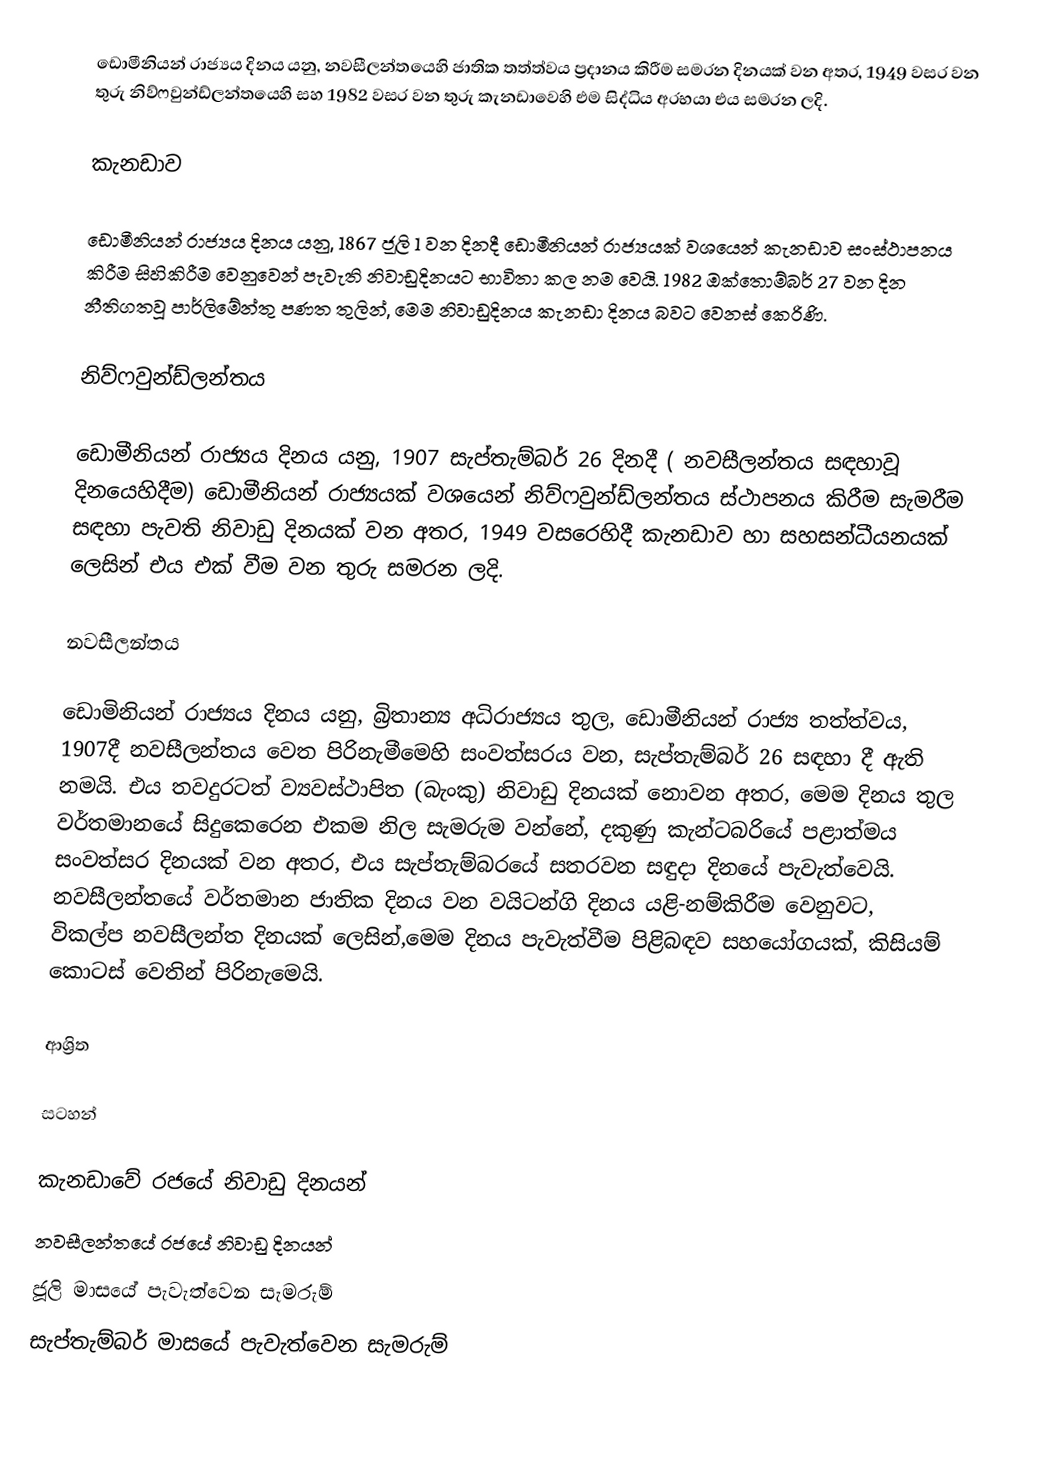
ඩොමීනියන් රාජ්‍යය දිනය යනු,  නවසීලන්තයෙහි ජාතික තත්ත්වය ප්‍රදානය කිරීම සමරන දිනයක් වන අතර, 1949 වසර වන තුරු නිව්ෆවුන්ඩ්ලන්තයෙහි සහ  1982 වසර වන තුරු  කැනඩාවෙහි එම සිද්ධිය අරභයා එය සමරන ලදි.

කැනඩාව

ඩොමීනියන් රාජ්‍යය දිනය යනු, 1867 ජූලි 1 වන දිනදී ඩොමීනියන් රාජ්‍යයක් වශයෙන් කැනඩාව සංස්ථාපනය කිරීම සිහිකිරීම වෙනුවෙන් පැවැති නිවාඩුදිනයට භාවිතා කල නම වෙයි. 1982 ඔක්තොම්බර් 27 වන දින නීතිගතවූ පාර්ලිමේන්තු පණත තුලින්, මෙම නිවාඩුදිනය කැනඩා දිනය බවට වෙනස් කෙරිණි.

නිව්ෆවුන්ඩ්ලන්තය

ඩොමීනියන් රාජ්‍යය දිනය යනු,   1907 සැප්තැම්බර් 26 දිනදී ( නවසීලන්තය සඳහාවූ දිනයෙහිදීම) ඩොමීනියන් රාජ්‍යයක් වශයෙන්   නිව්ෆවුන්ඩ්ලන්තය ස්ථාපනය කිරීම සැමරීම සඳහා පැවති නිවාඩු දිනයක් වන අතර, 1949 වසරෙහිදී කැනඩාව හා සහසන්ධීයනයක් ලෙසින් එය එක් වීම වන තුරු සමරන ලදි.

නවසීලන්තය

ඩොමිනියන් රාජ්‍යය දිනය යනු,   බ්‍රිතාන්‍ය අධිරාජ්‍යය තුල, ඩොමීනියන් රාජ්‍ය තත්ත්වය, 1907දී නවසීලන්තය වෙත පිරිනැමීමෙහි සංවත්සරය වන, සැප්තැම්බර් 26 සඳහා දී ඇති නමයි.  එය තවදුරටත් ව්‍යවස්ථාපිත (බැංකු) නිවාඩු දිනයක් නොවන අතර, මෙම දිනය තුල වර්තමානයේ සිදුකෙරෙන එකම නිල සැමරුම වන්නේ,  දකුණු කැන්ටබරියේ  පළාත්මය සංවත්සර දිනයක් වන අතර,  එය සැප්තැම්බරයේ සතරවන සඳුදා දිනයේ පැවැත්වෙයි. නවසීලන්තයේ වර්තමාන ජාතික දිනය වන වයිටන්ගි දිනය යළි-නම්කිරීම වෙනුවට, විකල්ප නවසීලන්ත දිනයක් ලෙසින්,මෙම දිනය පැවැත්වීම පිළිබඳව සහයෝගයක්, කිසියම් කොටස් වෙතින් පිරිනැමෙයි.

ආශ්‍රිත

සටහන්

කැනඩාවේ රජයේ නිවාඩු දිනයන්
නවසීලන්තයේ රජයේ නිවාඩු දිනයන්
ජූලි මාසයේ පැවැත්වෙන සැමරුම්
සැප්තැම්බර් මාසයේ පැවැත්වෙන සැමරුම්